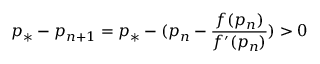
p _ { * } - p _ { n + 1 } = p _ { * } - ( p _ { n } - \frac { f ( p _ { n } ) } { f ^ { \prime } ( p _ { n } ) } ) > 0